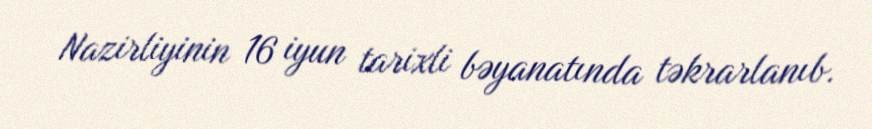
Nazirliyinin 16 iyun tarixli bəyanatında təkrarlanıb.